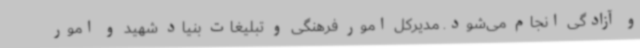
و آزادگی انجام می‌شود. مدیرکل امور فرهنگی و تبلیغات بنیاد شهید و امور